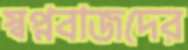
স্বপ্নবাজদের